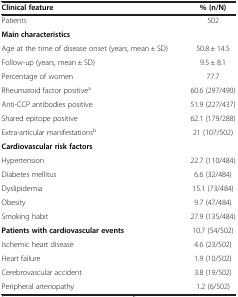
<table><thead><tr><td><b>Clinical feature</b></td><td><b>% (n/N)</b></td></tr></thead><tbody><tr><td>Patients</td><td>502</td></tr><tr><td><b>Main characteristics</b></td><td> </td></tr><tr><td>Age at the time of disease onset (years, mean ± SD)</td><td>50.8 ± 14.5</td></tr><tr><td>Follow-up (years, mean ± SD)</td><td>9.5 ± 8.1</td></tr><tr><td>Percentage of women</td><td>77.7</td></tr><tr><td>Rheumatoid factor positive<sup>a</sup></td><td>60.6 (297/490)</td></tr><tr><td>Anti-CCP antibodies positive</td><td>51.9 (227/437)</td></tr><tr><td>Shared epitope positive</td><td>62.1 (179/288)</td></tr><tr><td>Extra-articular manifestations<sup>b</sup></td><td>21 (107/502)</td></tr><tr><td><b>Cardiovascular risk factors</b></td><td> </td></tr><tr><td>Hypertension</td><td>22.7 (110/484)</td></tr><tr><td>Diabetes mellitus</td><td>6.6 (32/484)</td></tr><tr><td>Dyslipidemia</td><td>15.1 (73/484)</td></tr><tr><td>Obesity</td><td>9.7 (47/484)</td></tr><tr><td>Smoking habit</td><td>27.9 (135/484)</td></tr><tr><td><b>Patients with cardiovascular events</b></td><td>10.7 (54/502)</td></tr><tr><td>Ischemic heart disease</td><td>4.6 (23/502)</td></tr><tr><td>Heart failure</td><td>1.9 (10/502)</td></tr><tr><td>Cerebrovascular accident</td><td>3.8 (19/502)</td></tr><tr><td>Peripheral arteriopathy</td><td>1.2 (6/502)</td></tr></tbody></table>